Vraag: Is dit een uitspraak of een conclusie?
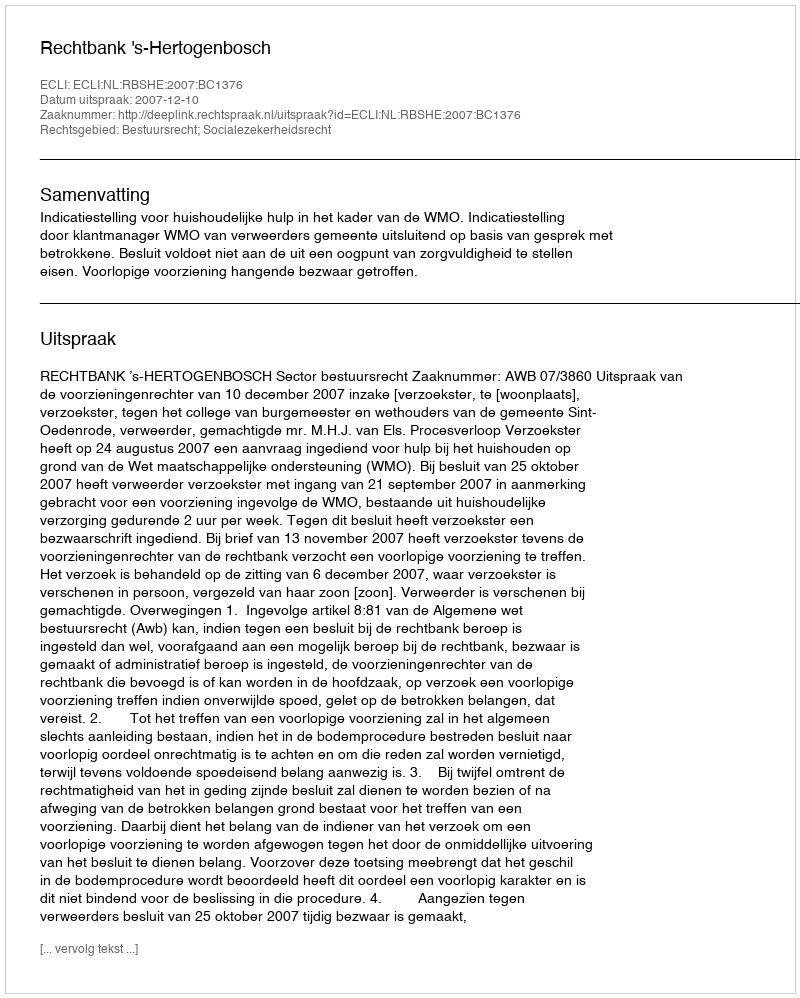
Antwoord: Uitspraak